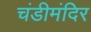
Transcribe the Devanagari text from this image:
चंडीमंदिर